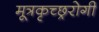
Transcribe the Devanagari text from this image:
मूत्रकृच्छ्ररोगी